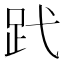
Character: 𧿑